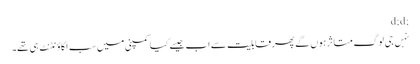
;d;d
نہں جی لوگ متاثر ہوں گے پھر قابلیت سے اب جیسے کیا کمپنی میں سب اکاؤنٹنٹ ہی تھے۔